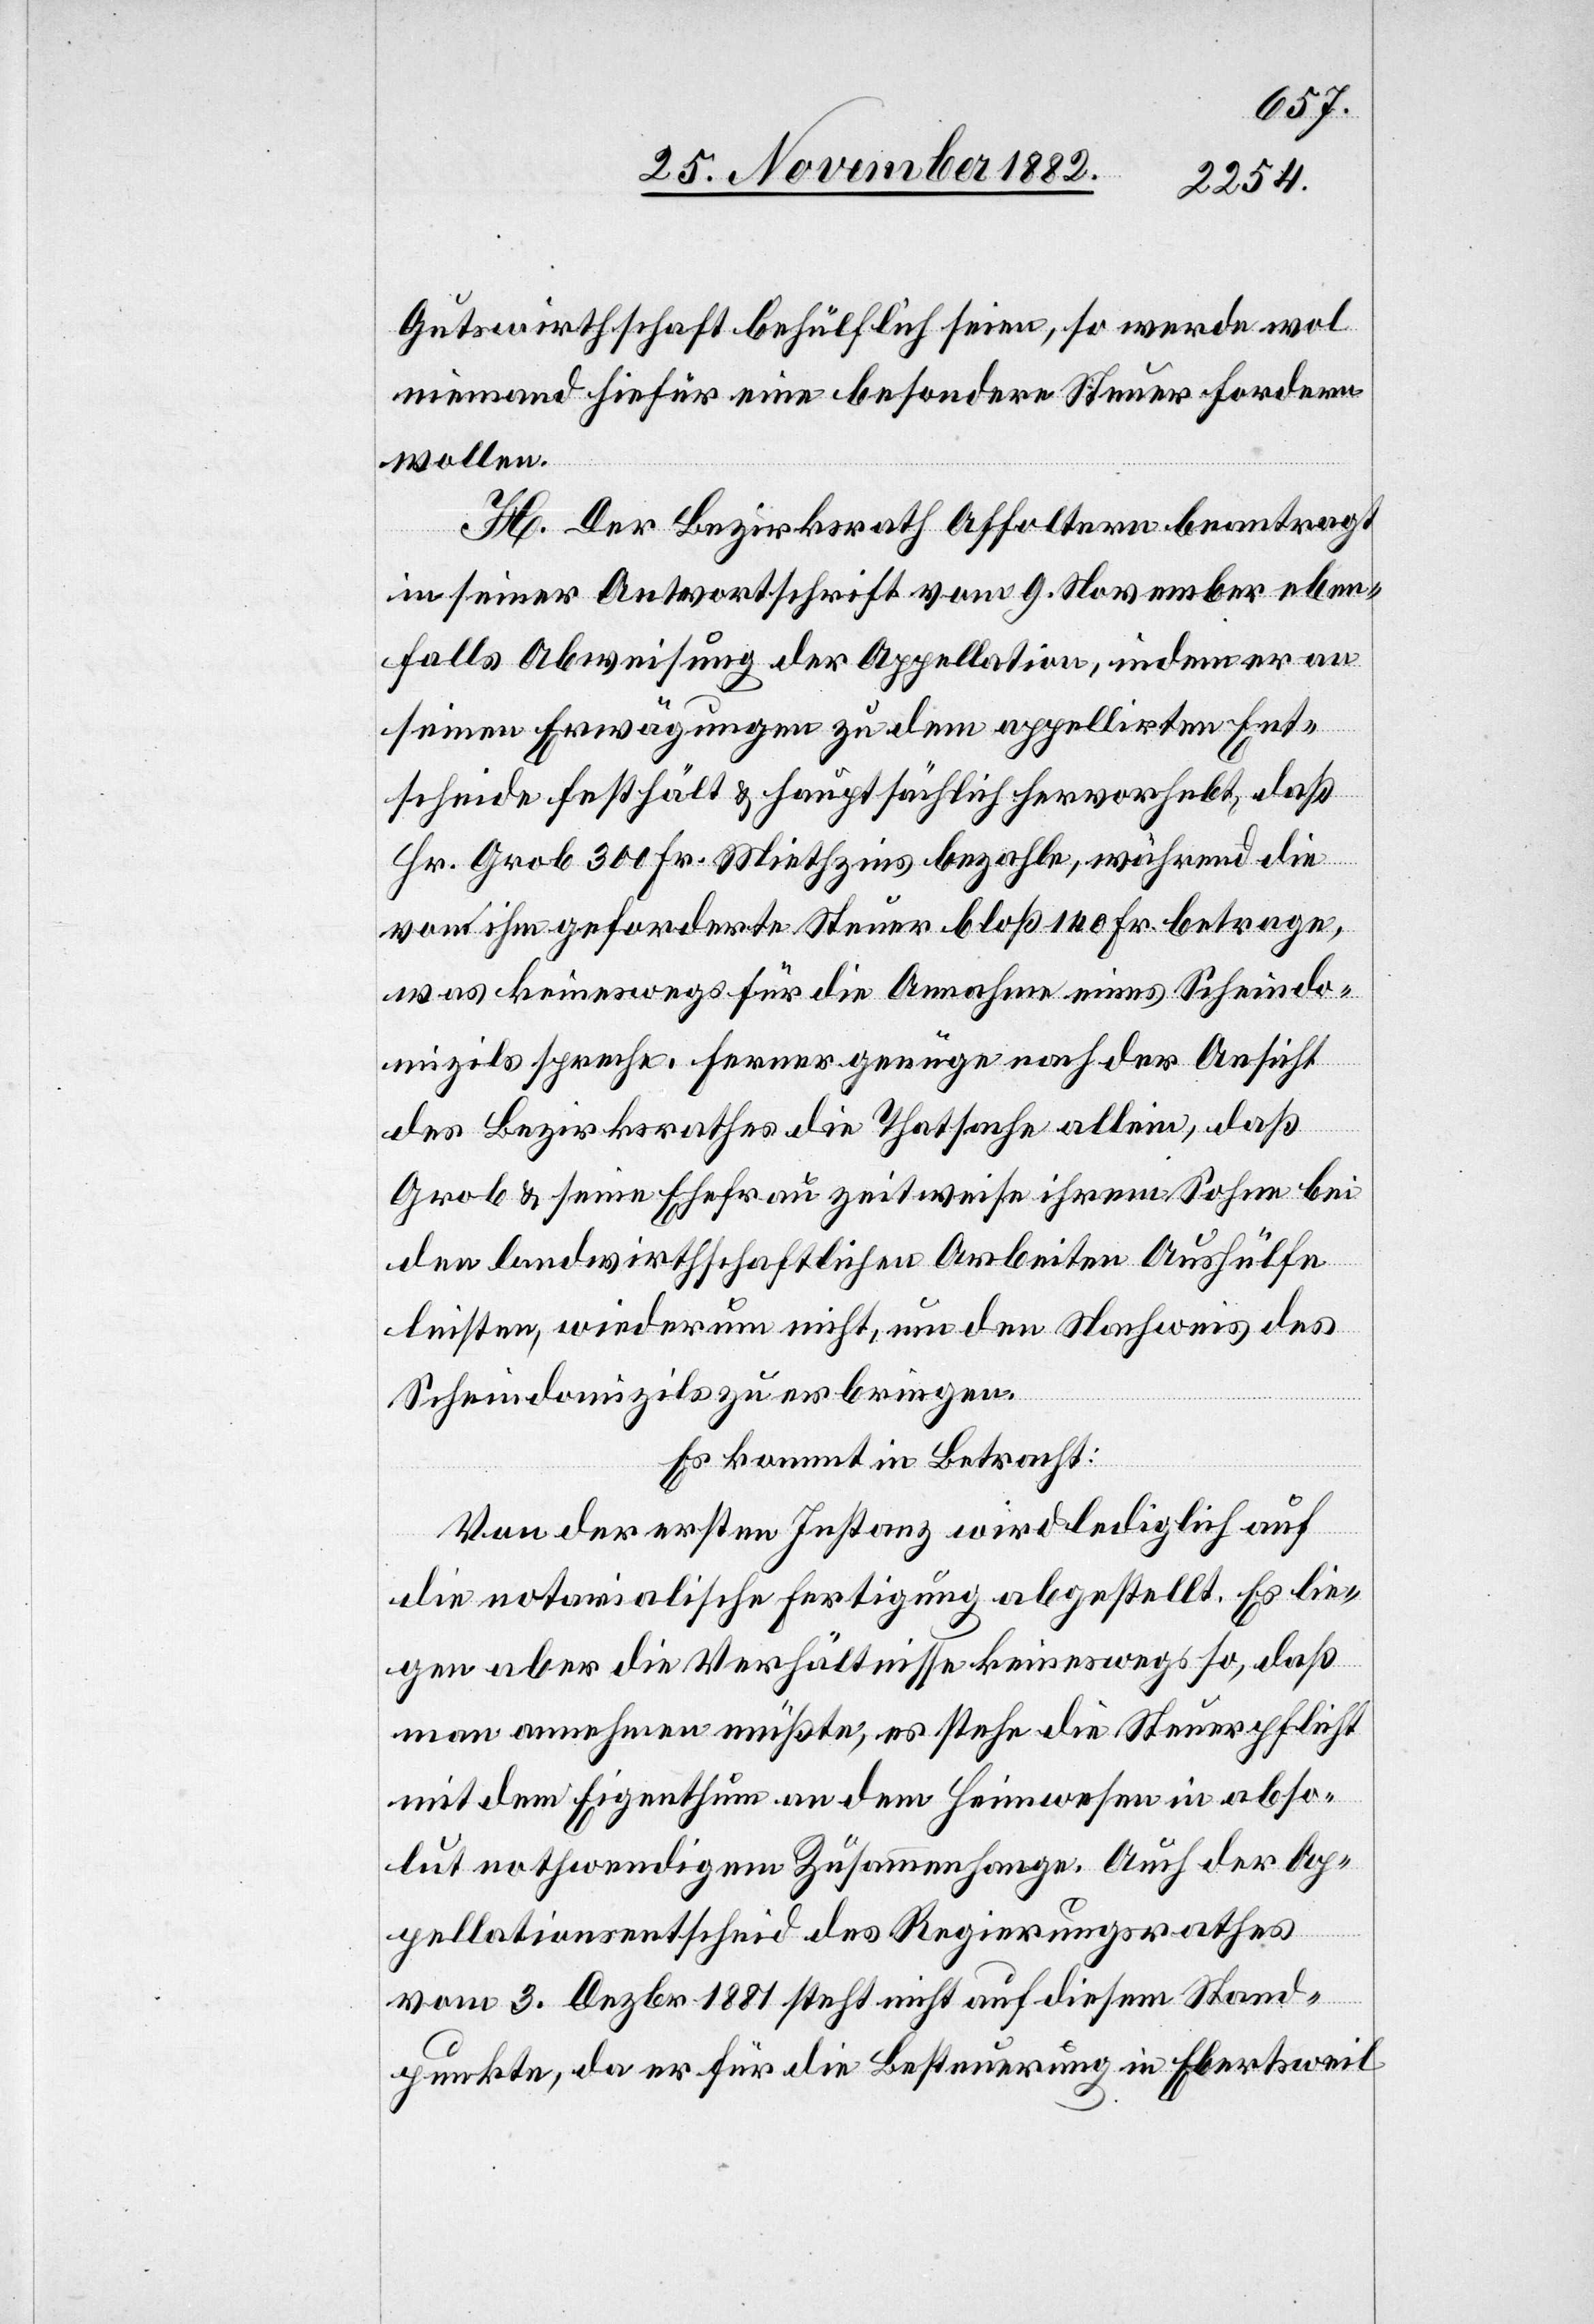
Gutswirthschaft behülflich seien so werde wol
niemand hiefür eine besondere Steuer fordern
wollen.
H. Der Bezirksrath Affoltern beantragt
in seiner Antwortschrift vom 9. November eben¬
falls Abweisung der Appellation, indem er an
seinen Erwägungen zu dem appellirten Ent¬
scheide festhält & hauptsächlich hervorhebt, daß
Hr. Grob 300 Fr. Miethzins bezahle, während die
von ihm geforderte Steuer bloß 140 Fr. betrage,
was keineswegs für die Annahme eines Scheindo¬
mizils spreche. Ferner genüge nach der Ansicht
des Bezirksrathes die Thatsache allein, daß
Grob & seine Ehefrau zeitweise ihrem Sohne bei
den landwirthschaftlichen Arbeiten Aushülfe
leisten, wiederum nicht, um den Nachweis des
Scheindomizils zu erbringen.
Es kommt in Betracht:
Von der ersten Instanz wird lediglich auf
die notarialische Fertigung abgestellt. Es lie¬
gen aber die Verhältnisse keineswegs so, daß
man annehmen müßte, es stehe die Steuerpflicht
mit dem Eigenthum an dem Heimwesen in abso¬
lut nothwendigem Zusammenhange. Auch der Ap¬
pellationsentscheid des Regierungsrathes
vom 3. Dezbr. 1881 steht nicht auf diesem Stand¬
punkte, da er für die Besteuerung in Ebertsweil